Supplement to the account of plague administration in the Bombay Presidency from September 1896 till May 1897
Year: 1896
Disease focus: Plague
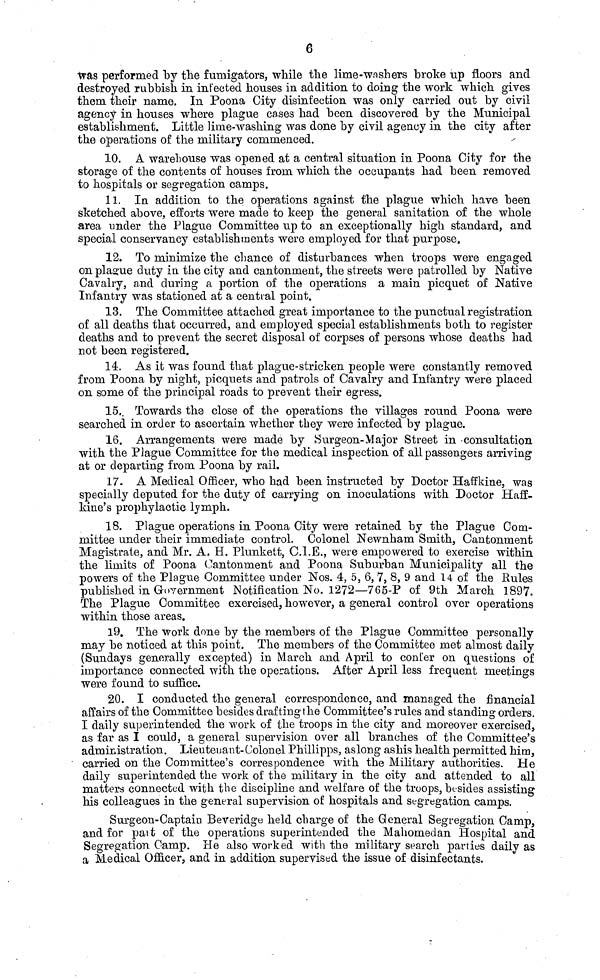
6
was performed by the fumigators, while the lime-washers broke up floors and
destroyed rubbish in infected houses in addition to doing the work which gives
them their name. In Poona City disinfection was only carried out by civil
agency in houses where plague cases had been discovered by the Municipal
establishment. Little lime-washing was done by civil agency in the city after
the operations of the military commenced.
10. A warehouse was opened at a central situation in Poona City for the
storage of the contents of houses from which the occupants had been removed
to hospitals or segregation camps.
11. In addition to the operations against the plague which have been
sketched above, efforts were made to keep the general sanitation of the whole
area under the Plague Committee up to an exceptionally high standard, and
special conservancy establishments were employed for that purpose.
12. To minimize the chance of disturbances when troops were engaged
on plague duty in the city and cantonment, the streets were patrolled by Native
Cavalry, and during a portion of the operations a main picquet of Native
Infantry was stationed at a central point.
13. The Committee attached great importance to the punctual registration
of all deaths that occurred, and employed special establishments both to register
deaths and to prevent the secret disposal of corpses of persons whose deaths had
not been registered.
14. As it was found that plague-stricken people were constantly removed
from Poona by night, picquets and patrols of Cavalry and Infantry were placed
on some of the principal roads to prevent their egress.
15.. Towards the close of the operations the villages round. Poona were
searched in order to ascertain whether they were infected by plague.
16. Arrangements were made by Surgeon-Major Street in -consultation
with the Plague Committee for the medical inspection of all passengers arriving
at or departing from Poona by rail.
17. A Medical Officer, who had been instructed by Doctor Haffkine, was
specially deputed for the duty of carrying on inoculations with Doctor Haff-
kine's prophylactic lymph.
18. Plague operations in Poona City were retained by the Plague Com-
mittee under their immediate control. Colonel Newnham Smith, Cantonment
Magistrate, and Mr. A. H. Plunkett, C.I.E., were empowered to exercise within
the limits of Poona Cantonment and Poona Suburban Municipality all the
powers of the Plague Committee under Nos. 4, 5, 6, 7, 8, 9 and 14 of the Bules
published in Government Notification No. 1272—765-P of 9th March 1897.
The Plague Committee exercised, however, a general control over operations
within those areas.
19. The work done by the members of the Plague Committee personally
may be noticed at this point. The members of the Committee met almost daily
(Sundays generally excepted) in March and April to conter on questions of
importance connected with the operations. After April less frequent meetings
were found to suffice.
20. I conducted the general correspondence, and managed the financial
affairs of the Committee besides drafting the Committee's rules and standing orders.
I daily superintended the work of the troops in the city and moreover exercised,
as far as I could, a general supervision over all branches of the Committee's
administration. Lieuteuant-Colon el Phillipps, aslong as his health permitted him,
carried on the Committee's correspondence with the Military authorities. He
daily superintended the work of the military in the city and attended to all
matters connected with the discipline and welfare of the troops, besides assisting
his colleagues in the general supervision of hospitals and segregation camps.
Surgeon-Captain Beveridge held charge of the General Segregation Camp,
and for part of the operations superintended the Mahomedan Hospital and
Segregation Camp. He also worked with the military search parties daily as
a Medical Officer, and in addition supervised the issue of disinfectants.